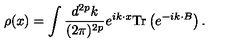
\rho ( x ) = \int \frac { d ^ { 2 p } k } { ( 2 \pi ) ^ { 2 p } } e ^ { i k \cdot x } \mathrm { T r } \left( e ^ { - i k \cdot B } \right) .